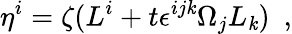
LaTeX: \eta^{i}=\zeta(L^{i}+t\epsilon^{ij\mathit{k}}\Omega_{j}L_{\mathit{k}})\ \ ,